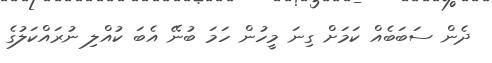
ދެން ސަބަބެއް ކަމަށް ގިނަ މީހުން ހަމަ ބުނޭ އެބަ ކުއްލި ނުރައްކަލުގެ